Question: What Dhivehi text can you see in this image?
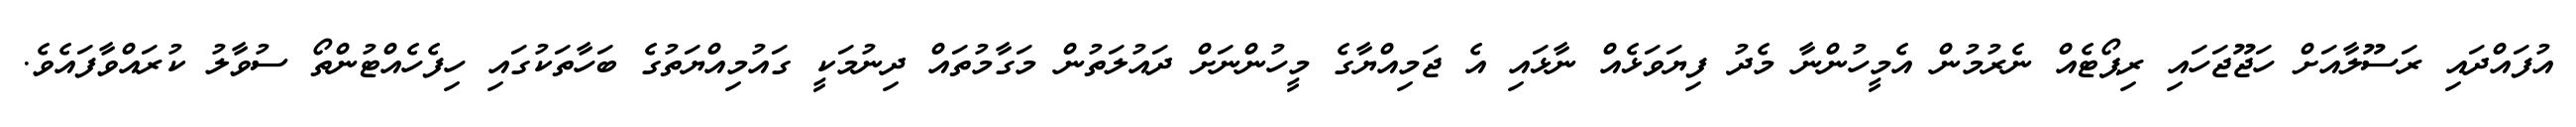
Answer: އުފައްދައި ރަސޫލާއަށް ހަޖޫޖަހައި ރިޕޯޓެއް ނެރުމުން އެމީހުންނާ މެދު ފިޔަވަޅެއް ނާޅައި އެ ޖަމިއްޔާގެ މީހުންނަށް ދައުލަތުން މަގާމުތައް ދިނުމަކީ ގައުމިއްޔަތުގެ ބަހާތަކުގައި ހިފެހެއްޓުންތޯ ސުވާލު ކުރައްވާފައެވެ.